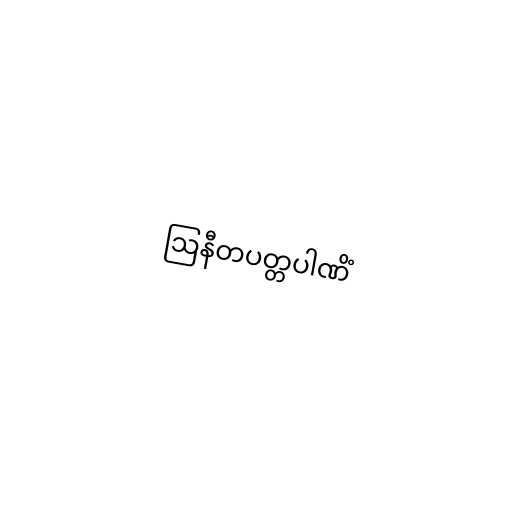
ဩနီတပတ္တပါဏိံ